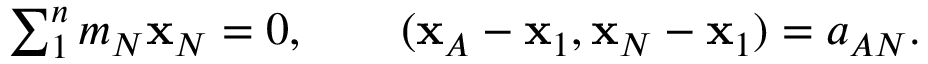
\begin{array} { r } { \sum _ { 1 } ^ { n } m _ { N } { \bf x } _ { N } = 0 , \qquad ( { \bf x } _ { A } - { \bf x } _ { 1 } , { \bf x } _ { N } - { \bf x } _ { 1 } ) = a _ { A N } . } \end{array}